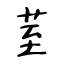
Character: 荎